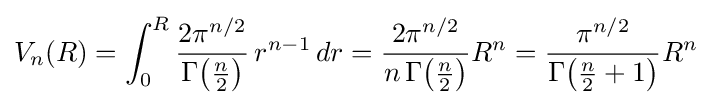
V_{n}(R)=\int _{0}^{R}{\frac {2\pi ^{n/2}}{\Gamma {\bigl (}{\tfrac {n}{2}}{\bigr )}}}\,r^{n-1}\,dr={\frac {2\pi ^{n/2}}{n\,\Gamma {\bigl (}{\tfrac {n}{2}}{\bigr )}}}R^{n}={\frac {\pi ^{n/2}}{\Gamma {\bigl (}{\tfrac {n}{2}}+1{\bigr )}}}R^{n}